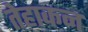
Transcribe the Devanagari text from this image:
तेहाकन